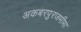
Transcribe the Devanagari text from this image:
अकबरपुरजमीमा